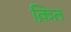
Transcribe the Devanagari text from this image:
क़ित